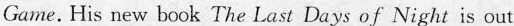
Game. His new book The Last Days of Night is out